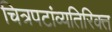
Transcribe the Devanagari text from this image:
चित्रपटांव्यतिरिक्त